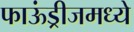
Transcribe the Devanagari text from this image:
फाऊंड्रीजमध्ये